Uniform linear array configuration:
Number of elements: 16
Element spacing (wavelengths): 0.25
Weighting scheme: blackman
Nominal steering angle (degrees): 0
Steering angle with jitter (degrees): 0.2445
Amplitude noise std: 0.05
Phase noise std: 0.05

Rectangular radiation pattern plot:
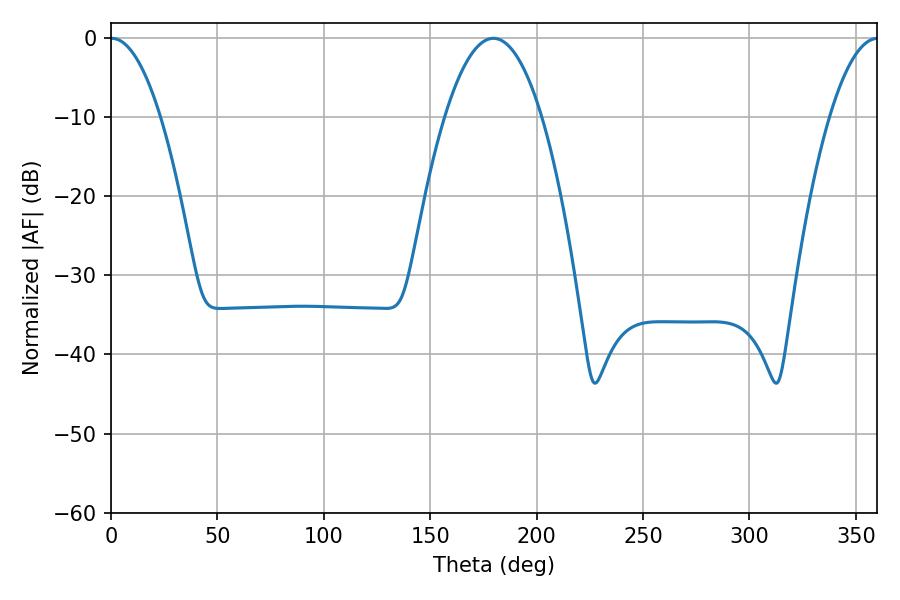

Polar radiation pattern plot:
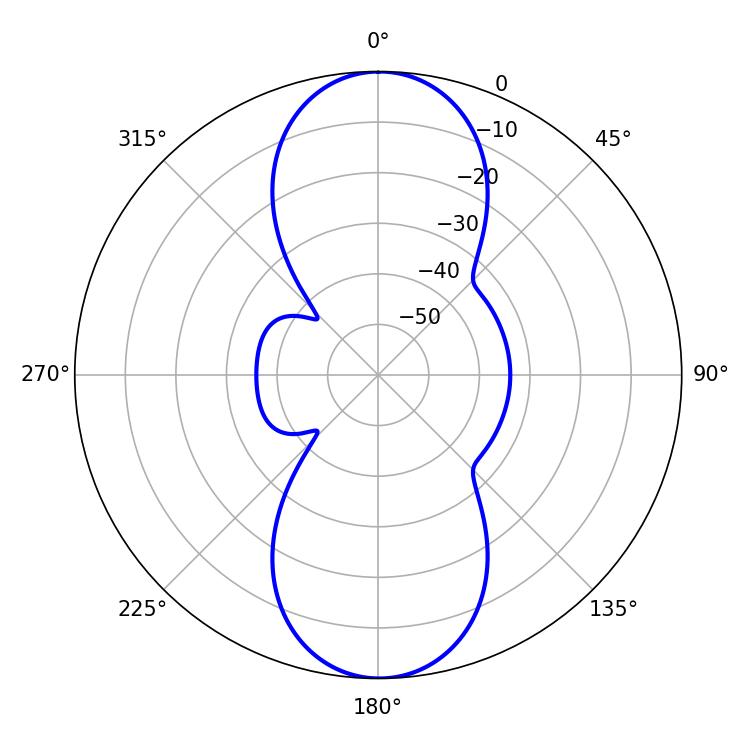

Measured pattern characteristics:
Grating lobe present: FALSE
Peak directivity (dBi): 24.856
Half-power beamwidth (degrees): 12.96
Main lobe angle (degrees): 0.36